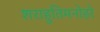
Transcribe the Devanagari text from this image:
शराहुतिमनोहरे